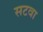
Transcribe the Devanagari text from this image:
सटवा